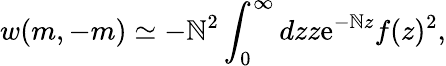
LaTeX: w(m,-m)\simeq-\mathbb{N}^{2}\int_{0}^{\infty}dzz\mathrm{{e}}^{-\mathbb{N}z}f(z)^{2},